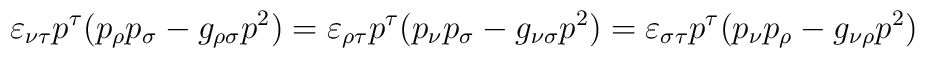
\varepsilon_{\nu\tau}p^{\tau}(p_{\rho}p_{\sigma}-g_{\rho\sigma}p^{2}) =\varepsilon_{\rho\tau}p^{\tau}(p_{\nu}p_{\sigma}-g_{\nu\sigma}p^{2}) = \varepsilon_{\sigma\tau}p^{\tau}(p_{\nu}p_{\rho}-g_{\nu\rho}p^{2})